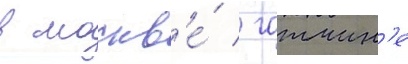
в москв'е́ / гатчин'е